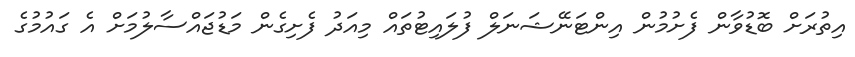
އިތުރަށް ބޮޑުވާން ފެށުމުން އިންޓަނޭޝަނަލް ފުލައިޓުތައް މިއަދު ފެށިގެން މަޑުޖައްސާލުމަށް އެ ގައުމުގެ